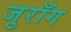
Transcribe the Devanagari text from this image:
जुराँग